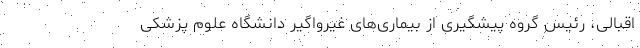
اقبالی، رئیس گروه پیشگیری از بیماری‌های غیرواگیر دانشگاه علوم پزشکی